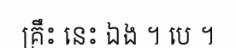
គ្រឹះ នេះ ឯង ។ បេ ។